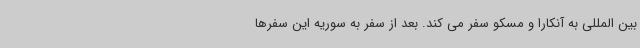
بین المللی به آنکارا و مسکو سفر می کند. بعد از سفر به سوریه این سفرها